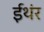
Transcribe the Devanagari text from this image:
ईथंर